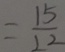
= \frac { 1 5 } { 2 2 }